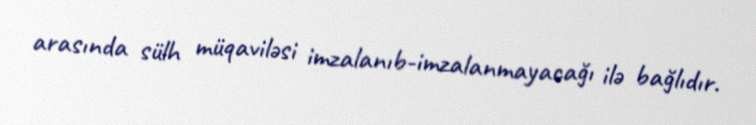
arasında sülh müqaviləsi imzalanıb-imzalanmayacağı ilə bağlıdır.